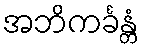
အဘိကင်္ခန္တံ